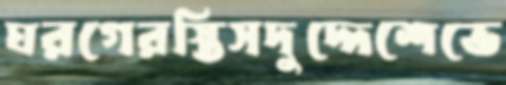
ঘরগেরস্তিসদুদ্দেশেভে